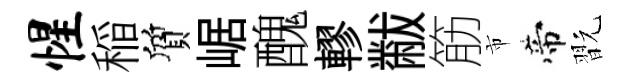
惺稲質崌醜轇黻筋市帝翫